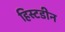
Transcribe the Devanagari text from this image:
हिस्टडीन